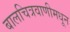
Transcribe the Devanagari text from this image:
बालचित्रवाणीमधून